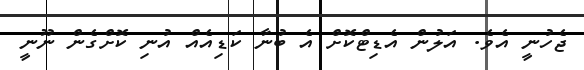
ޖެހުނީ އެވެ. އަލުން އެޑިޓްކޮށް އެ ބުނާ ކަޑިއެއް އުނި ކޮށްގެން ނޫނީ